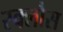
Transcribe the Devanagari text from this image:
स्क्लौस